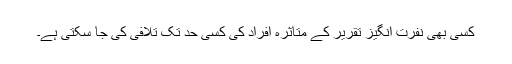
کسی بھی نفرت انگیز تقریر کے متاثرہ افراد کی کسی حد تک تلافی کی جا سکتی ہے۔